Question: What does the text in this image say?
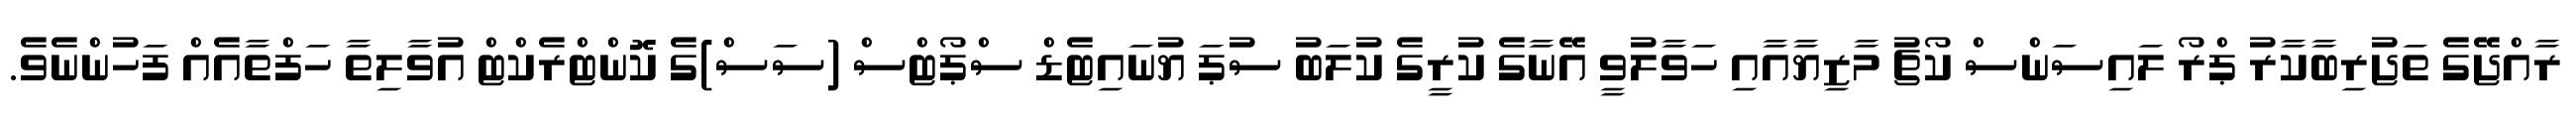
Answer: ރާއްޖޭގެ ތަޖުރިބާކާރު ޕްރޯ ލައިސަންސް ކޯޗު މާޒިޔާއާއި ހަވާލުވީ އޭނާގެ ކުރީގެ ކުލަބު ސުޕަ ޔުނައިޓެޑް ސްޕޯޓްސް (ސަސް)ގެ ކޮންޓްރެކްޓް އުވާލިތާ ހަފްތާއެއް ފަހުންނެވެ.